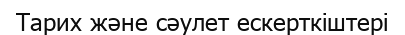
Тарих және сәулет ескерткіштері